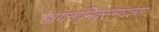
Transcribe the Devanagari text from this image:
डायनामिक्समधल्या